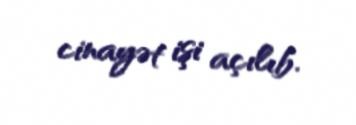
cinayət işi açılıb.